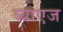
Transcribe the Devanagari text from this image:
ब्याएज